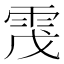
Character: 𩂟